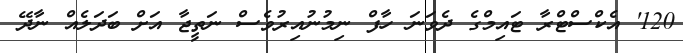
120' އެކްސްޓްރާ ޓައިމްގެ ދެވަނަ ހާފް ނިމުނުއިރުވެސް ނަތީޖާ އަށް ބަދަލެއް ނާދޭ